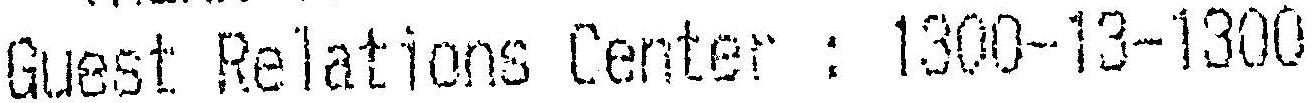
GUEST RELATIONS CENTER : 1300-13-1300